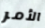
الأمر